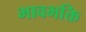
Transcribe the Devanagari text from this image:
भावभक्ति